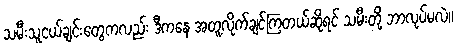
သမီးသူငယ်ချင်းတွေကလည်း ဒီကနေ အတူလိုက်ချင်ကြတယ်ဆိုရင် သမီးတို့ ဘာလုပ်မလဲ။